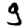
Digit: 9